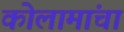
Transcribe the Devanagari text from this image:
कोलामांचा